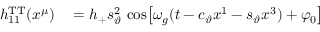
\begin{array} { r l } { h _ { 1 1 } ^ { \mathrm { T T } } ( x ^ { \mu } ) } & { { } = h _ { + } s _ { \vartheta } ^ { 2 } \, \cos \! \left[ \omega _ { g } ( t - c _ { \vartheta } x ^ { 1 } - s _ { \vartheta } x ^ { 3 } ) + \varphi _ { 0 } \right] } \end{array}